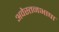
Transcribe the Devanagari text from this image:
अवेस्तनभाषा